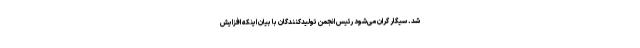
شد. سیگار گران می‌شود رئیس انجمن تولیدکنندگان با بیان اینکه افزایش